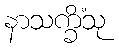
နာသက္ခိံသု